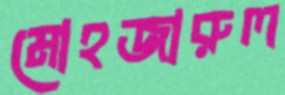
মোহজারুল